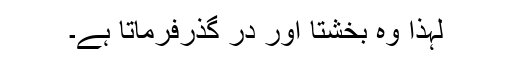
لہٰذا وہ بخشتا اور در گذرفرماتا ہے۔